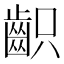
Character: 齞